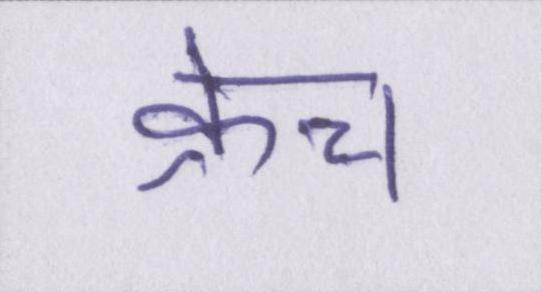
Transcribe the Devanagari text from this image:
क्रेच